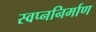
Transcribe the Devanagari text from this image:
स्वप्ननिर्माण